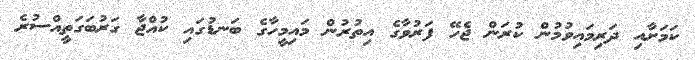
ކަމަށާއި ދަރިމައިވުމުން ކުރަން ޖެހޭ ފަރުވާގެ އިތުރުން މައިމީހާގެ ބަނޑުގައި ކުއްޖާ ގަރުބަގަތީއްސުރެ